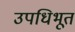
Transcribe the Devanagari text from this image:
उपधिभूत